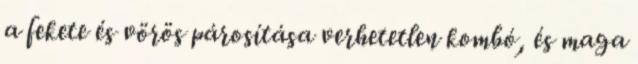
a fekete és vörös párosítása verhetetlen kombó, és maga